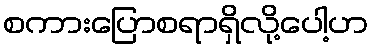
စကားပြောစရာရှိလို့ပေါ့ဟ